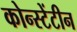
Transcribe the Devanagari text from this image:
कोन्स्टेंटीन